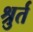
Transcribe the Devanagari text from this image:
श्रुर्त